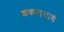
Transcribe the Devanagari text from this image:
शकराचार्य